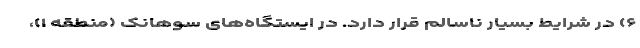
۶) در شرایط بسیار ناسالم قرار دارد. در ایستگاه‌های سوهانک (منطقه ۱)،